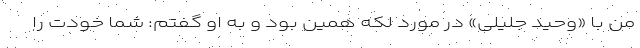
من با «وحید جلیلی» در مورد لکه همین بود و به او گفتم: شما خودت را